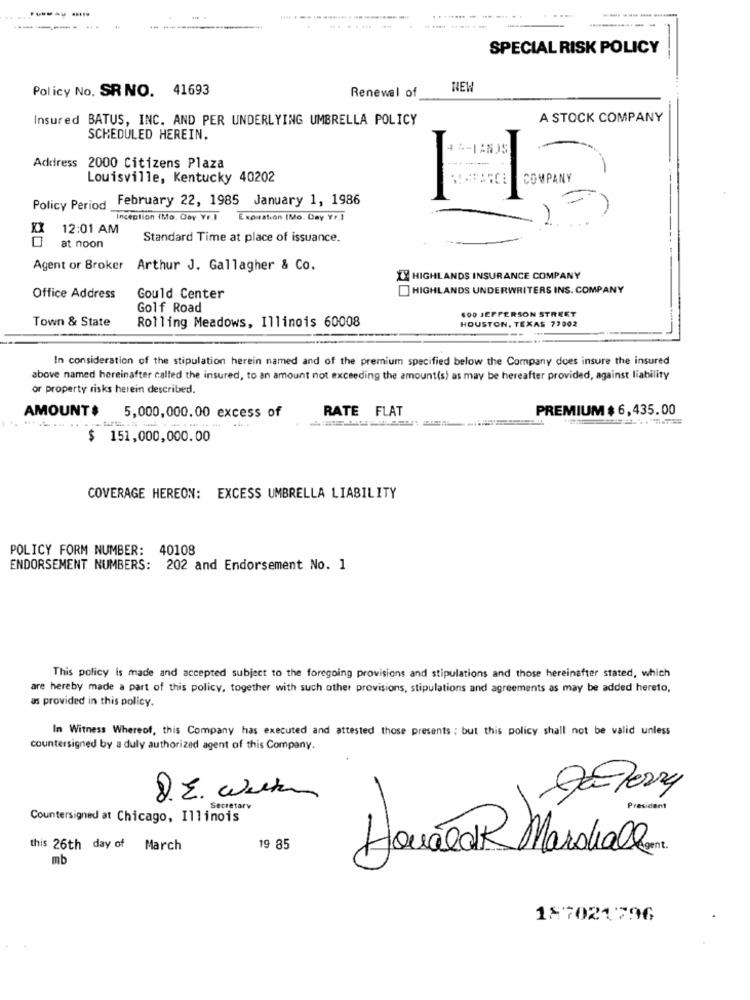
.....
------
........
SPECIAL RISK POLICY
Policy No. SR NO. 41693
Renewal of
NEW
Insured BATUS, INC. AND PER UNDERLYING UMBRELLA POLICY
A STOCK COMPANY
SCHEDULED HEREIN.
Address 2000 Citizens Plaza
Louisville, Kentucky 40202
COMPANY
February 22, 1985 January 1, 1986
Policy Period
Inception (Mo. Coy Yr.I Expiration (Mo. Day Y .. ]
XX
12:01 AM
Standard Time at place of issuance.
at noon
Agent or Broker
Arthur J. Gallagher & Co.
1X HIGHLANDS INSURANCE COMPANY
HIGHLANDS UNDERWRITERS INS. COMPANY
Office Address
Gould Center
Golf Road
600 JEFFERSON STREET
Town & State
Rolling Meadows, Illinois 60008
HOUSTON, TEXAS 77002
In consideration of the stipulation herein named and of the premium specified below the Company does insure the insured
above named hereinafter called the insured, to an amount not exceeding the amount(s) as may be hereafter provided, against liability
or property risks herein described.
RATE FLAT
PREMIUM $ 6,435.00
AMOUNT#
5,000,000.00 excess of
$ 151,000,000.00
COVERAGE HEREON: EXCESS UMBRELLA LIABILITY
POLICY FORM NUMBER: 40108
ENDORSEMENT NUMBERS: 202 and Endorsement No. 1
This policy is made and accepted subject to the foregoing provisions and stipulations and those hereinafter stated, which
are hereby made a part of this policy, together with such other provisions, stipulations and agreements as may be added hereto,
as provided in this policy.
In Witness Whereof, this Company has executed and attested those presents ; but this policy shall not be valid unless
countersigned by a duly authorized agent of this Company.
8. E. Weiter
Secretary
President
Countersigned at Chicago, Illinois
this 26th day of March
19 85
Howalak Marshallen
mb
187021796